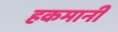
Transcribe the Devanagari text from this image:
हकमानी